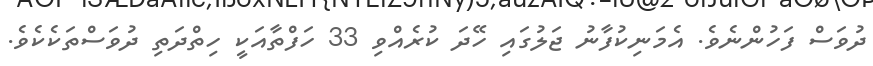
ދުވަސް ފަހުންނެވެ. އެމަނިކުފާނު ޖަލުގައި ހޭދަ ކުރެއްވި 33 ހަފްތާއަކީ ހިތްދަތި ދުވަސްތަކެކެވެ.